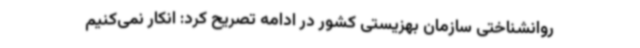
روانشناختی سازمان بهزیستی کشور در ادامه تصریح کرد: انکار نمی‌کنیم